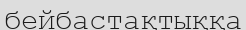
бейбастақтыққа